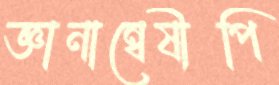
জ্ঞানান্বেষীপি